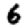
Digit: 6